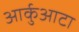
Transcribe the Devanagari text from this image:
आर्कुआटा